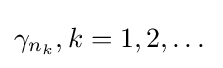
\gamma _{n_{k}},k=1,2,\dots